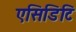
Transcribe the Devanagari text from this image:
एसिडिटि